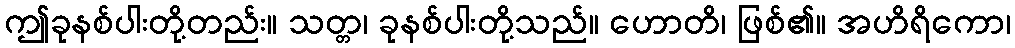
ဤခုနစ်ပါးတို့တည်း။ သတ္တ၊ ခုနစ်ပါးတို့သည်။ ဟောတိ၊ ဖြစ်၏။ အဟိရိကော၊